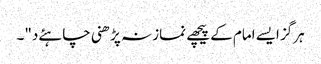
ہرگز ایسے امام کے پیچھے نماز نہ پڑھنی چاہئےد"۔